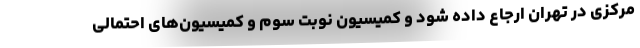
مرکزی در تهران ارجاع داده شود و کمیسیون نوبت سوم و کمیسیون‌های احتمالی